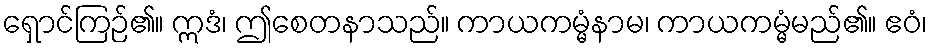
ရှောင်ကြဉ်၏။ ဣဒံ၊ ဤစေတနာသည်။ ကာယကမ္မံနာမ၊ ကာယကမ္မံမည်၏။ ဧဝံ၊